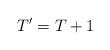
LaTeX: \begin{align*}T' = T+1\end{align*}